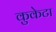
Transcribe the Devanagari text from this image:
कुकेटा